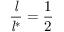
{ \frac { \mathit { l } } { { \mathit { l } } ^ { * } } } = { \frac { 1 } { 2 } }